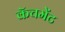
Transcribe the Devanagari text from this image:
कॅचमेंट